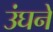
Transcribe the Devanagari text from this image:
उंघने